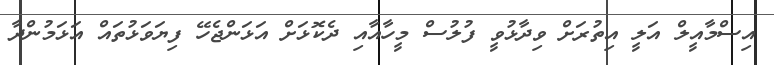
އިސްމާއީލް އަލީ އިތުރަށް ވިދާޅުވީ ފުލުސް މީހާއާއި ދެކޮޅަށް އަޅަންޖެހޭ ފިޔަވަޅުތައް އަޅަމުންދާ